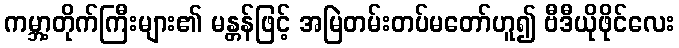
ကမ္ဘာ့တိုက်ကြီးများ၏ မန္တန်ဖြင့် အမြဲတမ်းတပ်မတော်ဟူ၍ ဗီဒီယိုဖိုင်လေး